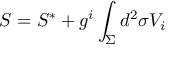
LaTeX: { \cal S } = { \cal S } ^ { * } + g ^ { i } \int _ { \Sigma } d ^ { 2 } \sigma V _ { i }